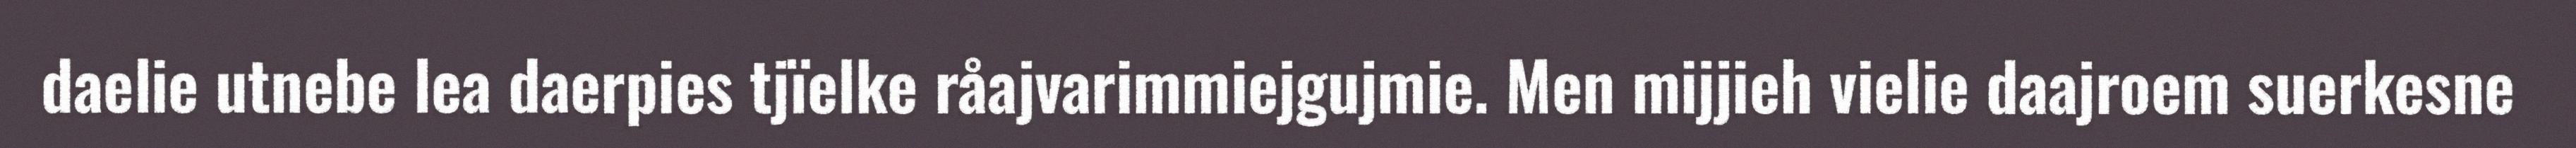
daelie utnebe lea daerpies tjïelke råajvarimmiejgujmie. Men mijjieh vielie daajroem suerkesne